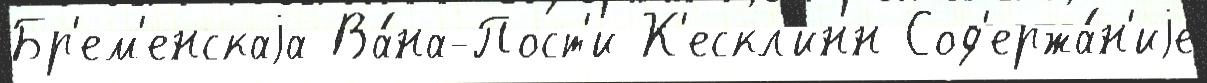
Бр'ем'енскаjа Ва́на-Пост'и К'ескл'инн Сод'ержа́н'иjе